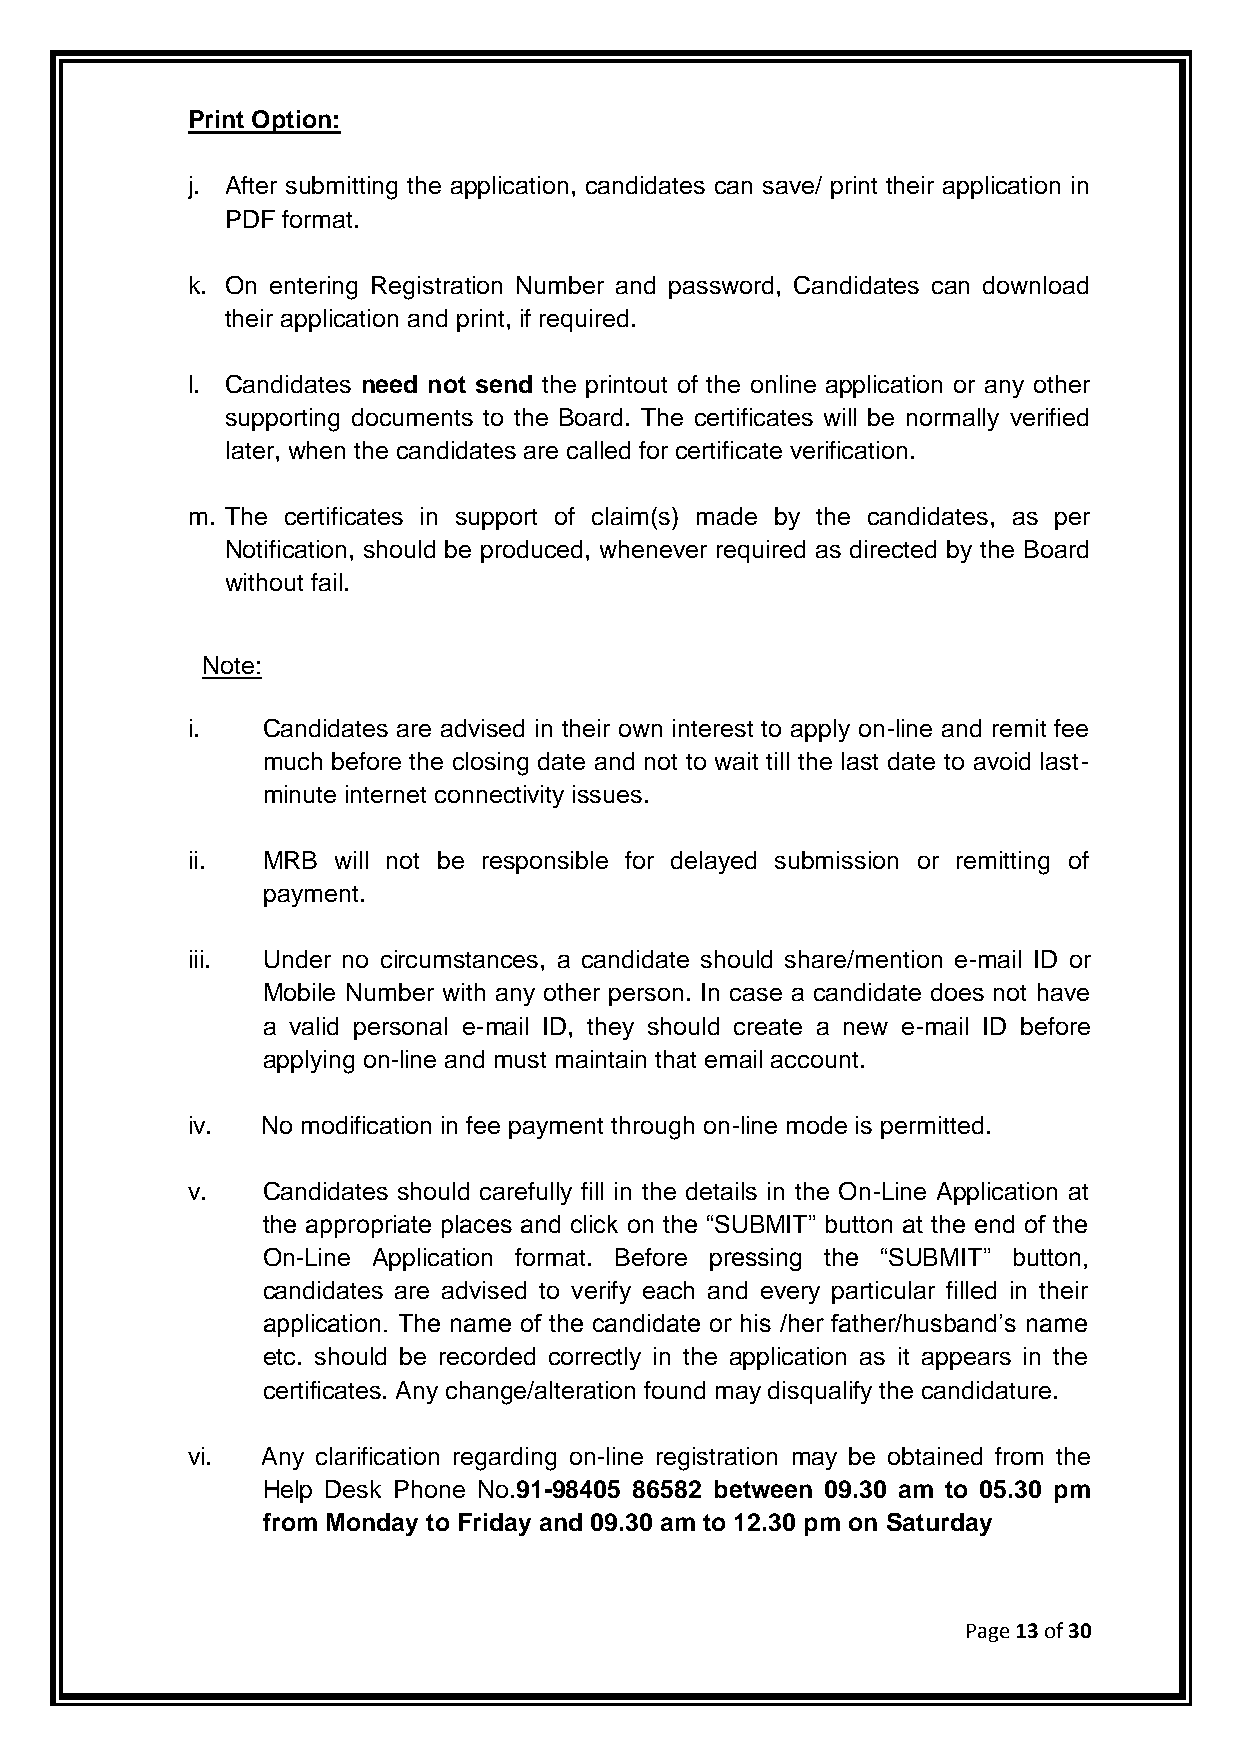
Print Option:
 j. After submitting the application, candidates can save/ print their application in
 PDF format.
 k. On entering Registration Number and password, Candidates can download
 their application and print, if required.
 l. Candidates need not send the printout of the online application or any other
 supporting documents to the Board. The certificates will be normally verified
 later, when the candidates are called for certificate verification.
 m. The certificates in support of claim(s) made by the candidates, as per
 Notification, should be produced, whenever required as directed by the Board
 without fail.
 Note:
 i.   Candidates are advised in their own interest to apply on-line and remit fee
 much before the closing date and not to wait till the last date to avoid last-
 minute internet connectivity issues.
 ii.  MRB  will not be responsible for delayed submission or remitting of
 payment.
 iii. Under no circumstances, a candidate should share/mention e-mail ID or
 Mobile Number with any other person. In case a candidate does not have
 a valid personal e-mail ID, they should create a new e-mail ID before
 applying on-line and must maintain that email account.
 iv.  No modification in fee payment through on-line mode is permitted.
 v.   Candidates should carefully fill in the details in the On-Line Application at
 the appropriate places and click on the “SUBMIT” button at the end of the
 On-Line Application format. Before pressing the “SUBMIT” button,
 candidates are advised to verify each and every particular filled in their
 application. The name of the candidate or his /her father/husband‟s name
 etc. should be recorded correctly in the application as it appears in the
 certificates. Any change/alteration found may disqualify the candidature.
 vi.  Any clarification regarding on-line registration may be obtained from the
 Help Desk Phone No.91-98405 86582 between 09.30 am to 05.30 pm
 from Monday to Friday and 09.30 am to 12.30 pm on Saturday
 Page 13 of 30